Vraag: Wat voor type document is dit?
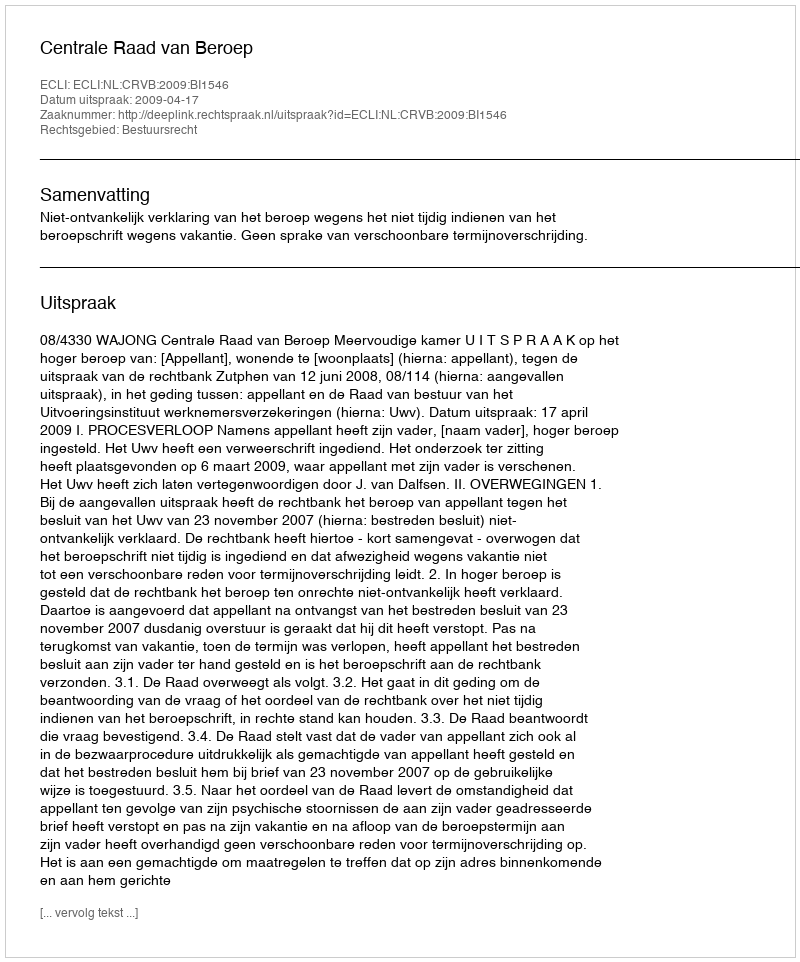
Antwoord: Uitspraak